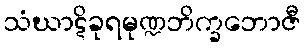
သံဃာဋိခုရမုဏ္ဍဘိက္ခဘောဇီ